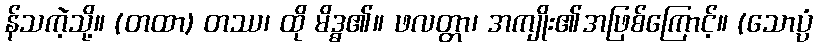
န်သကဲ့သို့။ (တထာ) တဿ၊ ထို မိဒ္ဓ၏။ ဖလတ္တာ၊ အကျိုး၏အဖြစ်ကြောင့်။ (သောပ္ပံ